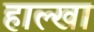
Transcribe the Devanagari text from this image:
हाल्खा